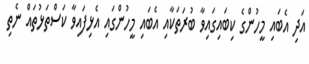
އަދި އެބައި މީހުންގެ ކިބައިގައިވާ ބުރަތަކާއި އެބައި މީހުންގައި އެޅިފައިވާ ކަސްތަޅުތައް ނެތި